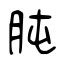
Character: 肫